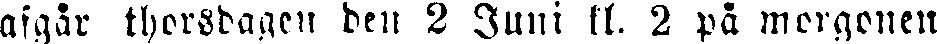
afgår thorsdagen den 2 Juni kl. 2 på morgonen